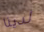
لدينا